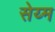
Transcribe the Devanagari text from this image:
सेय्म